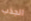
الجذب